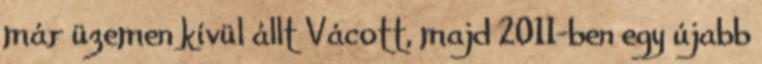
már üzemen kívül állt Vácott, majd 2011-ben egy újabb